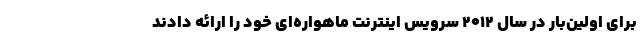
برای اولین‌بار در سال ۲۰۱۲ سرویس اینترنت ماهواره‌ای خود را ارائه دادند